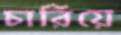
চারিয়ে